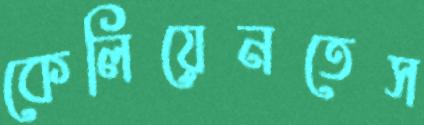
কেলিয়েনতেস